V__Kingissepa_nim__kolhoos, lk 14
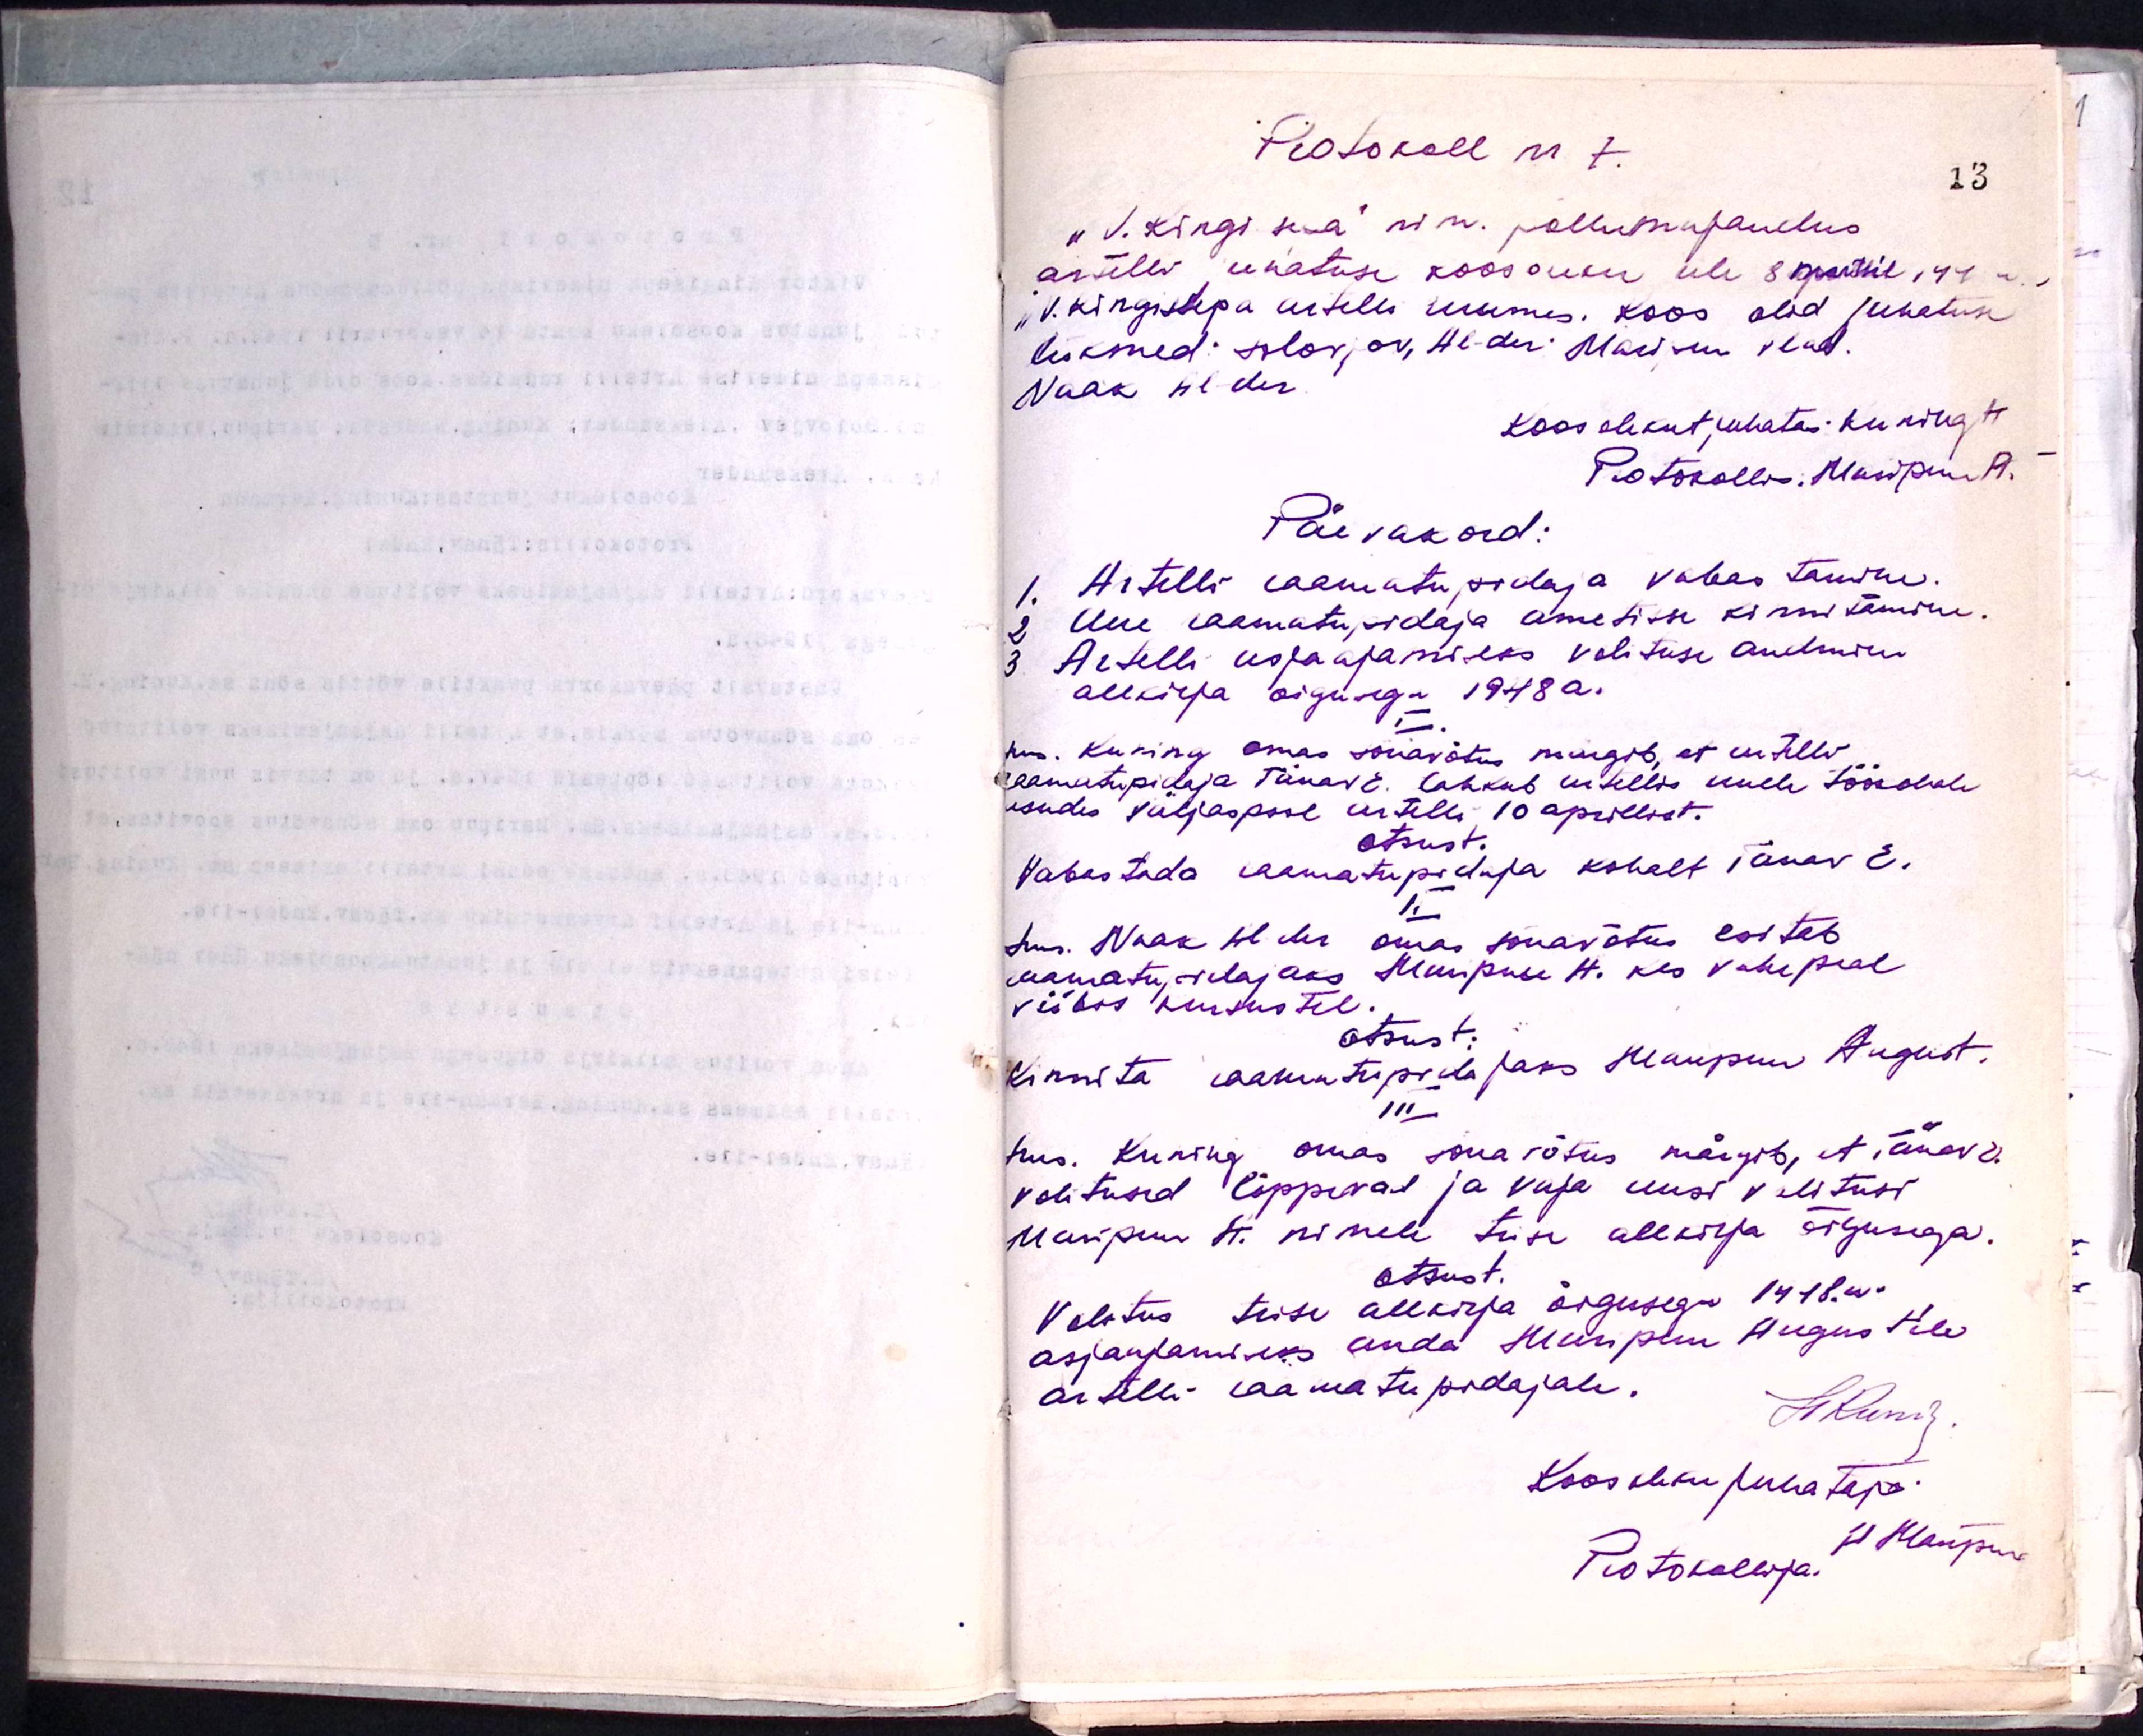
Protokoll nr 7.
"V. Kingisepa" nim. põllumajandus
artelli, juhatuse koosoleku üle 8. martsil 48a.
"V. Kingisepa artelli ruumis. Koos olid juhatuse
liikmed: Solovjov, He-duri Maipuu, vlad
Naak Huder
Koosolekut juhatas: Kuning H
Protokolli: Masipuu A.
Päevakord:
1. Artelli raamatupidaja vabastamine.
2. Uue raamatupidaja ametisse kinnitamine.
3. Artelli asjaajamiseks volituse andmine
allkirja õigusega 1948 a.
sms. Kuning omas sõnavõtus märgib, et artelli
raamatupidaja Tänav E. lahkub artellis uuele töökohale
asudes väljaspool artelli 10 aprillist.
otsust.
Vabastada raamatupidaja kohalt Tänav E.
II
Sms. Naak ütles omas sõnavõtus esitab
raamatupidajaks Maripuu H. kes vahepeal
viibis kursustel.
otsust.
Kinnita raamutupidajaks Maripuu August.
III
sms. Kuning omas sõnavõtus märgib, et Tänav E.
volitused lõppevad ja vaja uusi volitusi
Maripuu A. nimele teise allkirja õigusega.
otsust.
Volitus teise allkirja õigusega 1948.a.
asjaajamiseks anda Maripuu Augustile
artelli raamatupidajale.
HKurg
Koosoleku juhataja
Protokollija.
II Mängur